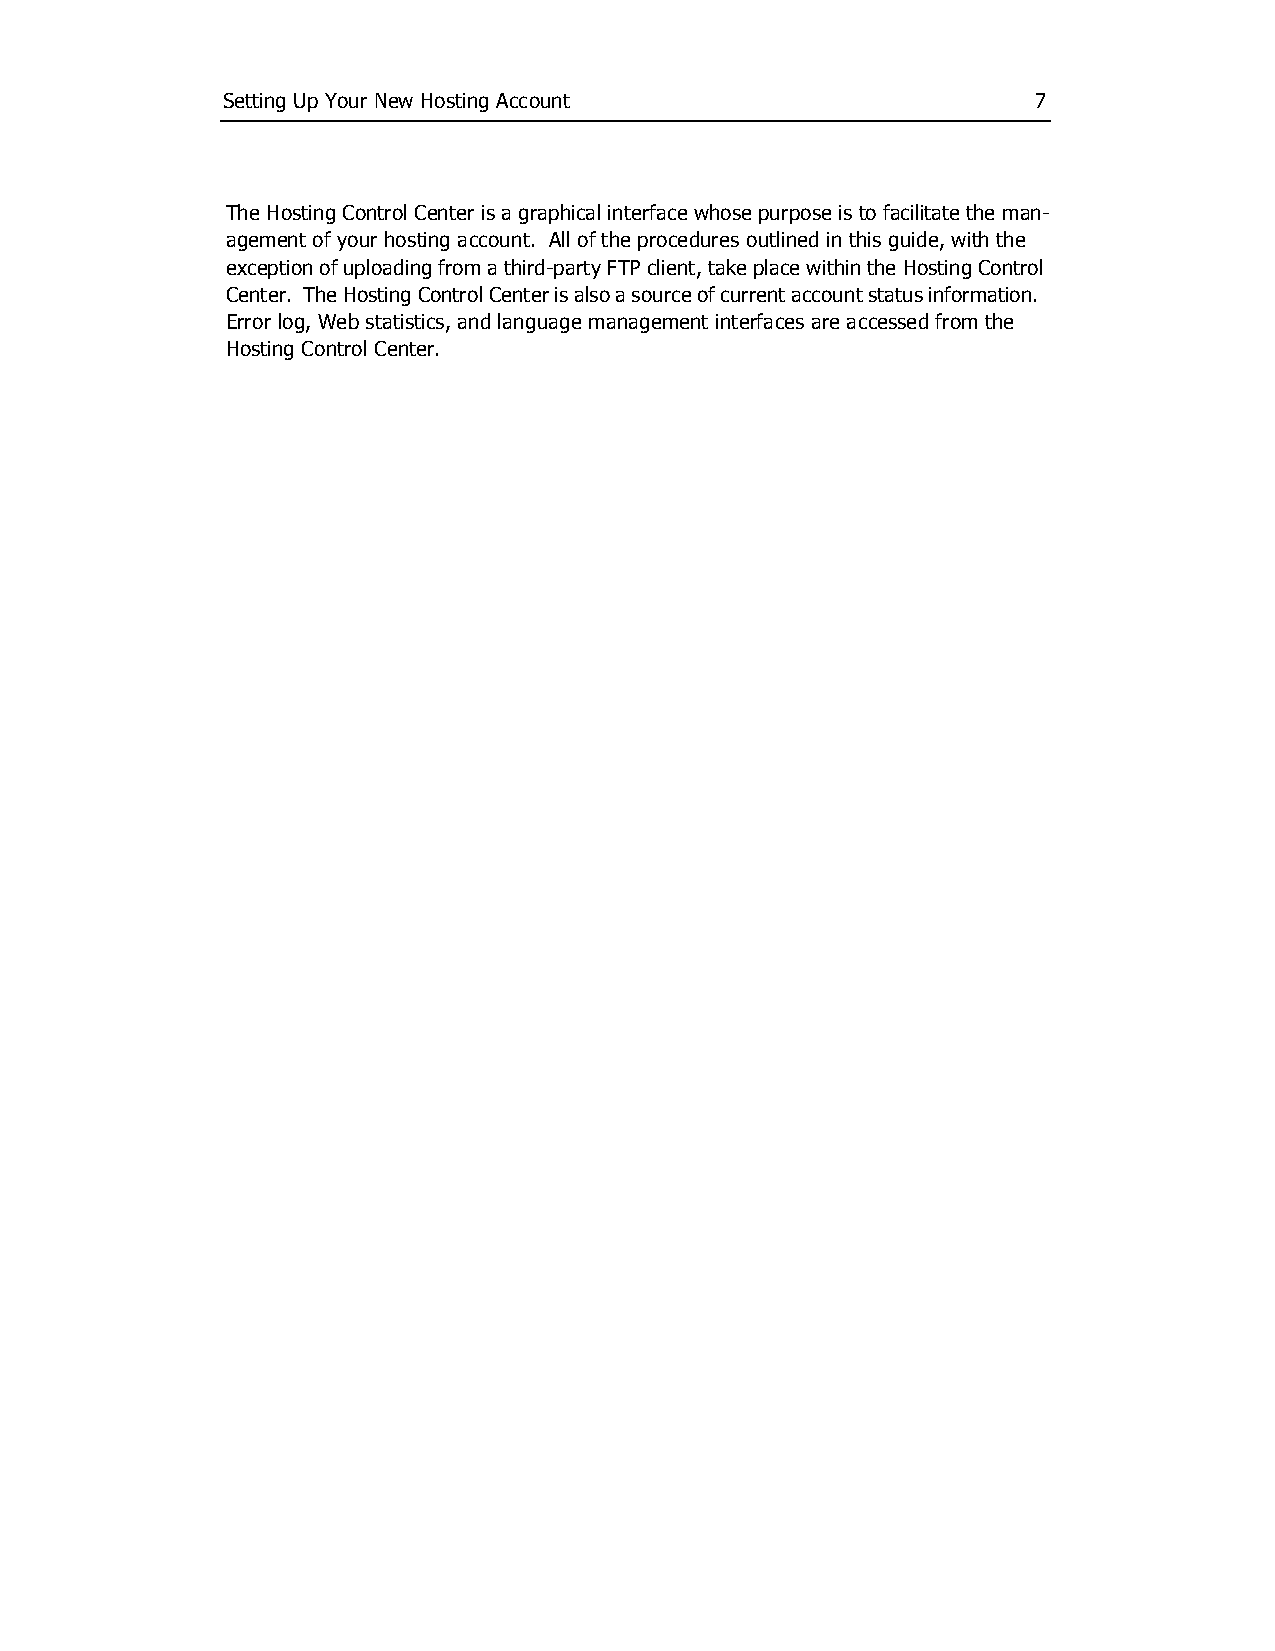
Setting Up Your New Hosting Account                  7
 The Hosting Control Center is a graphical interface whose purpose is to facilitate the man­
 agement of your hosting account. All of the procedures outlined in this guide, with the
 exception of uploading from a third­party FTP client, take place within the Hosting Control
 Center. The Hosting Control Center is also a source of current account status information.
 Error log, Web statistics, and language management interfaces are accessed from the
 Hosting Control Center.